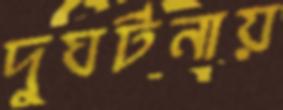
দুঘর্টনায়